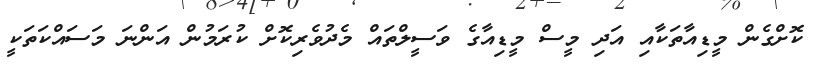
ކޮށްގެން މީޑިއާތަކާއި އަދި މީސް މީޑިއާގެ ވަސީލްތައް މެދުވެރިކޮށް ކުރަމުން އަންނަ މަސައްކަތަކީ